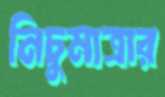
নিচুমাত্রার